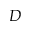
D